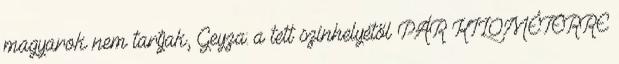
magyarok nem tartjak, Geyza: a tett színhelyétől PÁR KILOMÉTERRE